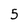
Character: 5